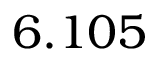
6 . 1 0 5